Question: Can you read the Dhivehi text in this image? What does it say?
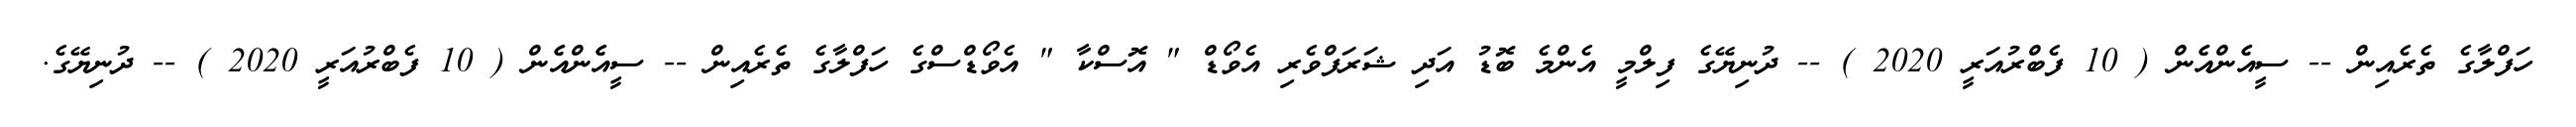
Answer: ހަފްލާގެ ތެރެއިން -- ސީއެެންއެެން ( 10 ފެބްރުއަރީ 2020 ) -- ދުނިޔޭގެ ފިލްމީ އެންމެ ބޮޑު އަދި ޝަރަފްވެރި އެވޯޑް " އޮސްކާ " އެވޯޑްސްގެ ހަފްލާގެ ތެރެއިން -- ސީއެެންއެެން ( 10 ފެބްރުއަރީ 2020 ) -- ދުނިޔޭގެ.